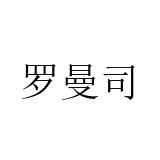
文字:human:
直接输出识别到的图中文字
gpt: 罗曼司